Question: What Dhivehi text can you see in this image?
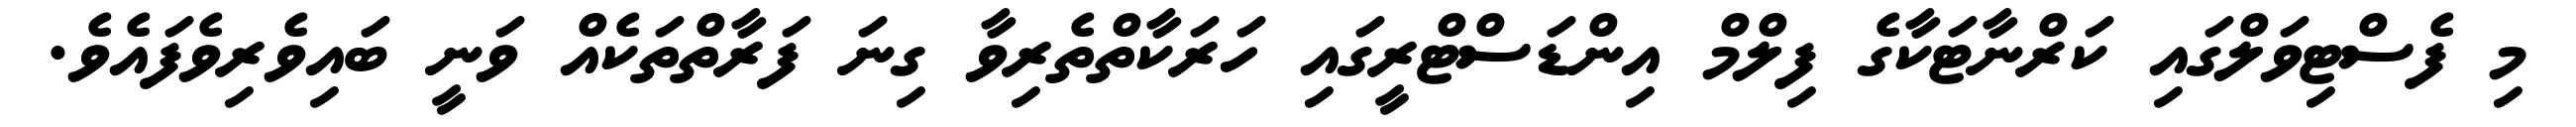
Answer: މި ފެސްޓިވަލްގައި ކަރްނާޓަކާގެ ފިލްމް އިންޑަސްޓްރީގައި ހަރަކާތްތެރިވާ ގިނަ ފަރާތްތަކެއް ވަނީ ބައިވެރިވެފައެވެ.